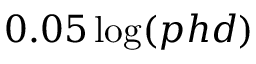
0 . 0 5 \log ( p h d )